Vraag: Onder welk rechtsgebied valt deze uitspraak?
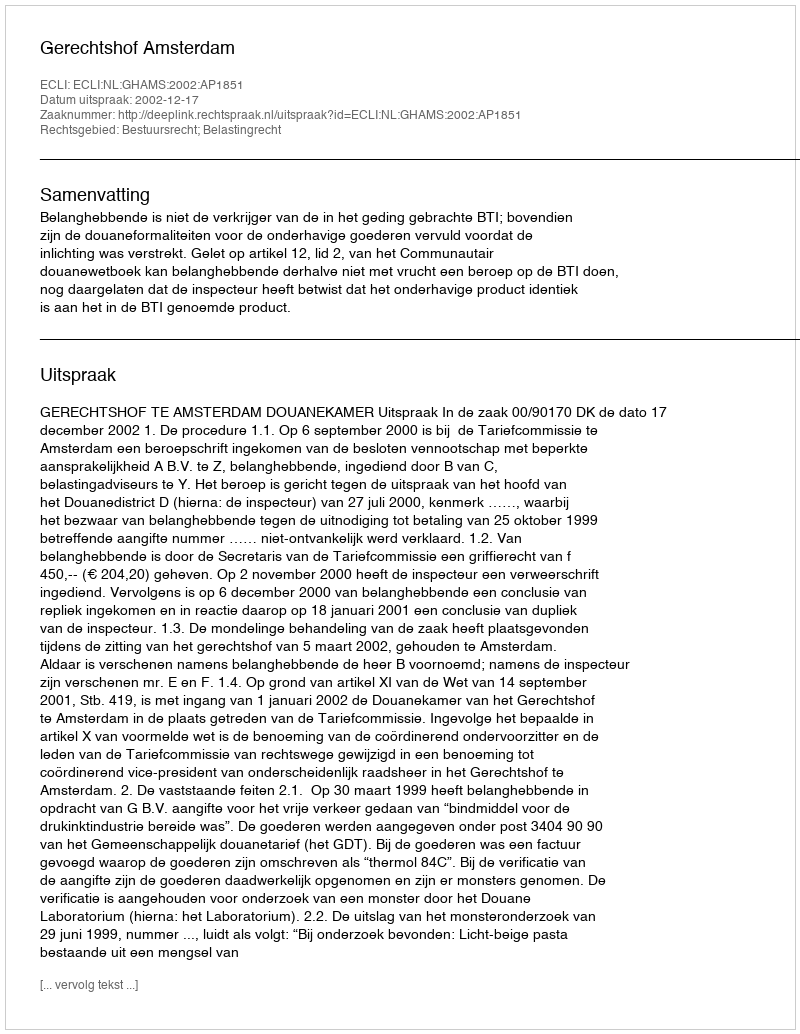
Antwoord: Bestuursrecht; Belastingrecht